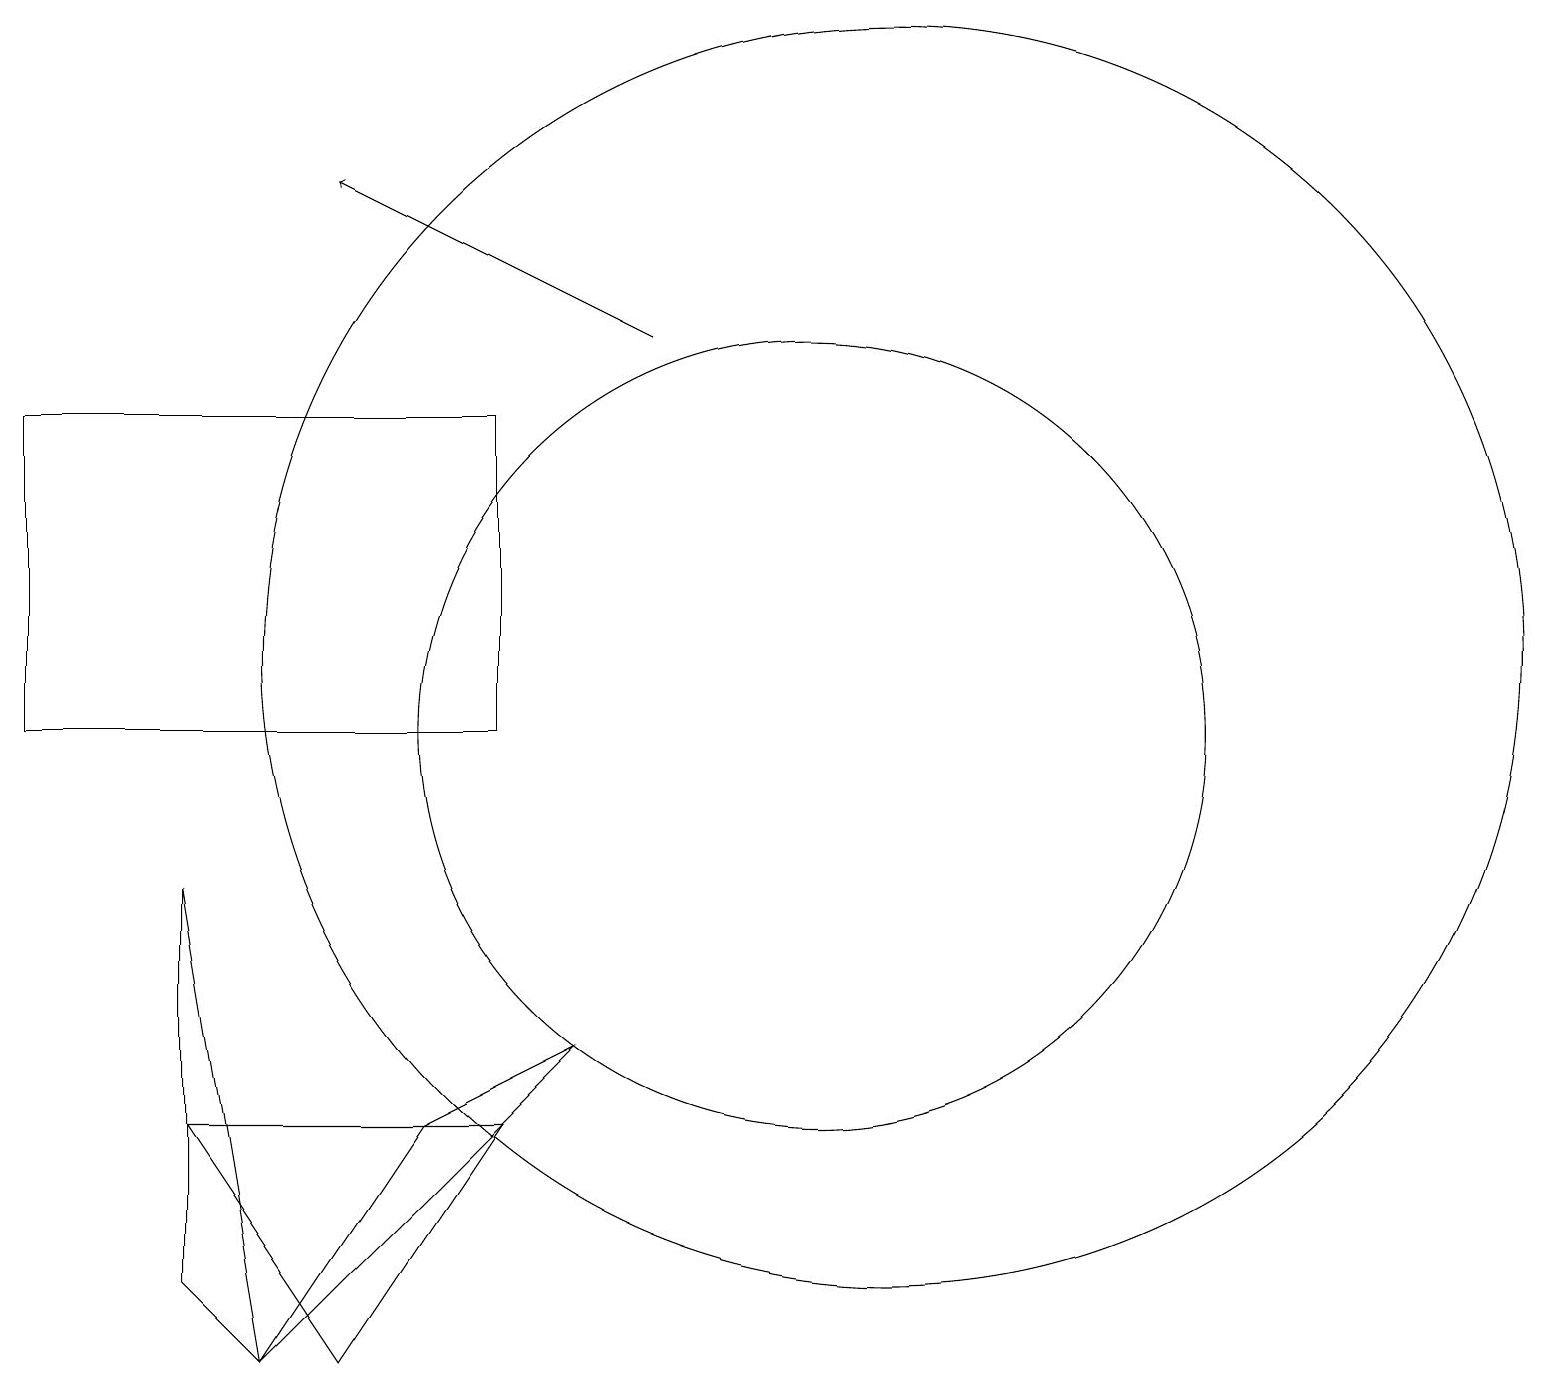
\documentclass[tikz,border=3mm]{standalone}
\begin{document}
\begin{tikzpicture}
\draw (10,10) circle (5);
\draw (0,10) rectangle (6,14);
\draw[->] (8,15) -- (4,17);
\draw (2,3) -- (3,2) -- (2,8) -- cycle;
\draw (5,5) -- (3,2) -- (7,6) -- cycle;
\draw (4,2) -- (2,5) -- (6,5) -- cycle;
\draw (11,11) circle (8);
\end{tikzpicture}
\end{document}